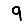
Digit: 9